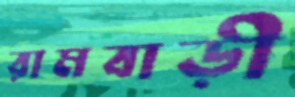
রামবাড়ী